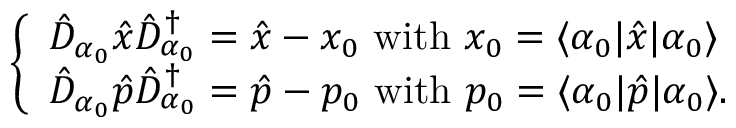
\begin{array} { r } { \left\{ \begin{array} { l l l } { \hat { D } _ { \alpha _ { 0 } } \hat { x } \hat { D } _ { \alpha _ { 0 } } ^ { \dagger } = \hat { x } - x _ { 0 } \ \mathrm { w i t h } \ x _ { 0 } = \langle \alpha _ { 0 } | \hat { x } | \alpha _ { 0 } \rangle } \\ { \hat { D } _ { \alpha _ { 0 } } \hat { p } \hat { D } _ { \alpha _ { 0 } } ^ { \dagger } = \hat { p } - p _ { 0 } \ \mathrm { w i t h } \ p _ { 0 } = \langle \alpha _ { 0 } | \hat { p } | \alpha _ { 0 } \rangle . } \end{array} \right. } \end{array}